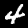
Digit: 4